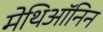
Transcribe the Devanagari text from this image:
मेथिऑनिन